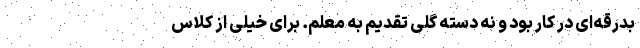
بدرقه‌ای در کار بود و نه دسته گلی تقدیم به معلم. برای خیلی از کلاس